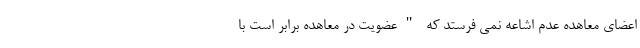
اعضای معاهده عدم اشاعه نمی فرستد که "عضویت در معاهده برابر است با